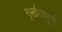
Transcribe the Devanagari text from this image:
मुर्खतापूर्ण